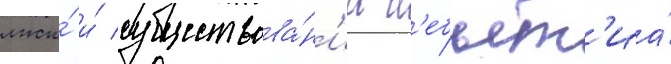
лжи́ и́ существова́н'иа н'ебыт'иа́